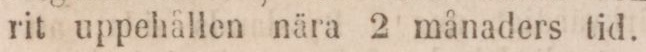
rit uppehållen nära 2 månaders tid.